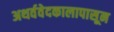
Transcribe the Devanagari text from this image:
अथर्ववेदकालापासून